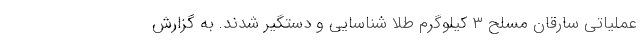
عملیاتی سارقان مسلح ۳ کیلوگرم طلا شناسایی و دستگیر شدند. به گزارش